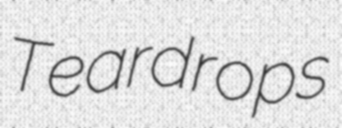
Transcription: Teardrops